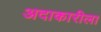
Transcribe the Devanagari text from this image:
अदाकारीला